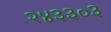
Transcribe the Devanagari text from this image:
२४३३०३